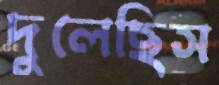
দুলেছিস